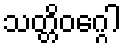
သတ္တိဝဂ္ဂေါ